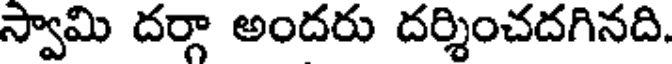
స్వామి దర్గా అందరు దర్శించదగినది.